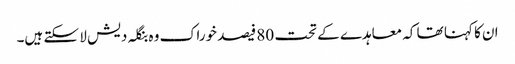
ان کا کہنا تھا کہ معاہدے کے تحت 80 فیصد خوراک وہ بنگلہ دیش لا سکتے ہیں۔